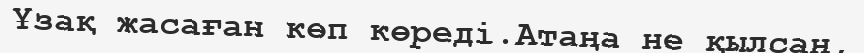
Ұзақ жасаған көп көреді.Атаңа не қылсаң,